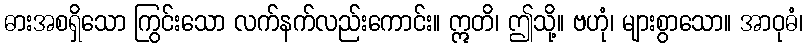
ဓားအစရှိသော ကြွင်းသော လက်နက်လည်းကောင်း။ ဣတိ၊ ဤသို့။ ဗဟုံ၊ များစွာသော။ အာဝုဓံ၊